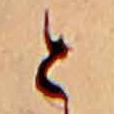
と